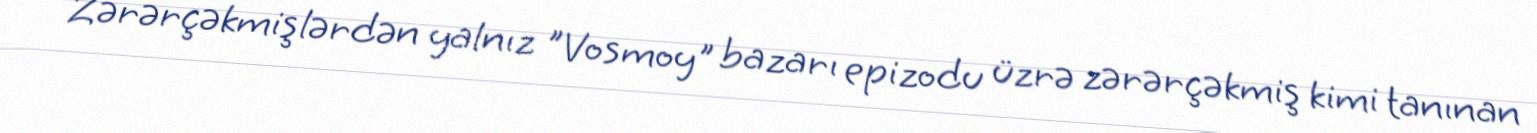
Zərərçəkmişlərdən yalnız "Vosmoy" bazarı epizodu üzrə zərərçəkmiş kimi tanınan